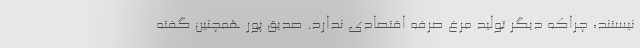
نیستند، چراکه دیگر تولید مرغ صرفه اقتصادی ندارد. صدیق پور همچنین گفته